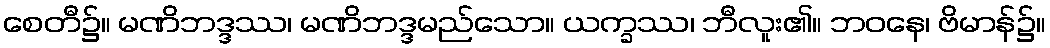
စေတီ၌။ မဏိဘဒ္ဒဿ၊ မဏိဘဒ္ဒမည်သော။ ယက္ခဿ၊ ဘီလူး၏။ ဘဝနေ၊ ဗိမာန်၌။